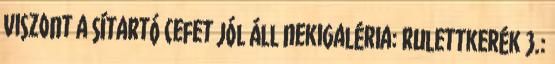
Viszont a sítartó cefet jól áll nekiGaléria: Rulettkerék 3.: